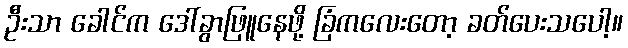
ဦးသာ ခေါင်က ဒေါ်ခွာဖြူနေဖို့ ခြံကလေးတော့ ခတ်ပေးသပေါ့။